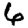
Digit: 6